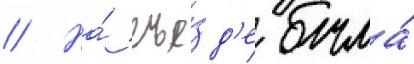
// На́ съе́зд'е была́